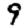
Digit: 9